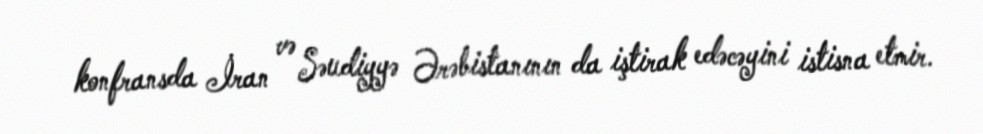
konfransda İran və Səudiyyə Ərəbistanının da iştirak edəcəyini istisna etmir.